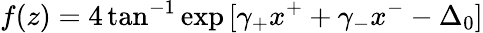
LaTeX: f(z)=4\tan^{-1}\exp{[\gamma_{+}x^{+}+\gamma_{-}x^{-}-\Delta_{0}]}